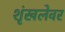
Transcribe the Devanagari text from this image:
शृंखलेवर